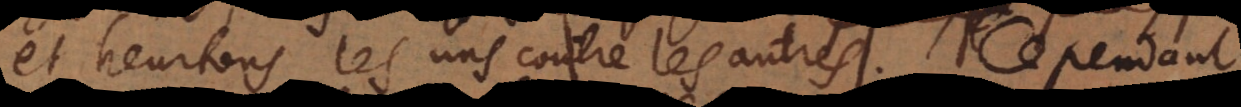
et heurtons les uns contre les autres. Cependant